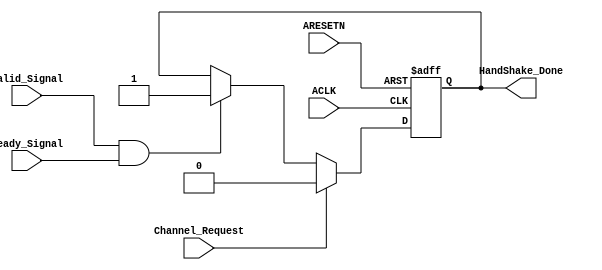
module AW_HandShake_Checker
(
    input  wire  ACLK,
    input  wire  ARESETN,
    input  wire  Valid_Signal,
    input  wire  Ready_Signal,
    input  wire  Channel_Request,
    output reg   HandShake_Done 
);

always @(posedge ACLK or negedge  ARESETN) begin
    if (!ARESETN) begin
        HandShake_Done<='b1;
    end else if(Channel_Request) begin
        HandShake_Done<='b0;
        
    end else if(Valid_Signal && Ready_Signal) begin
        HandShake_Done<='b1;
    end
end



endmodule